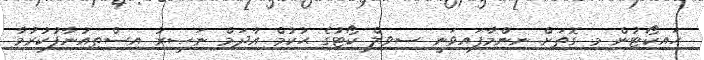
ހައިކޯޓުން މި ގޮތަށް ނިންމާފައިވަނީ ސިވިލް ކޯޓުގެ ޙުކުމް އާދަމް ނަޞީރު އިސްތިއުނާފުކުރުމާ